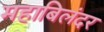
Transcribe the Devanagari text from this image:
महाबिलंदर